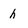
Character: h